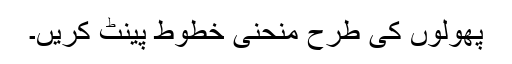
پھولوں کی طرح منحنی خطوط پینٹ کریں۔